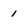
Character: 1